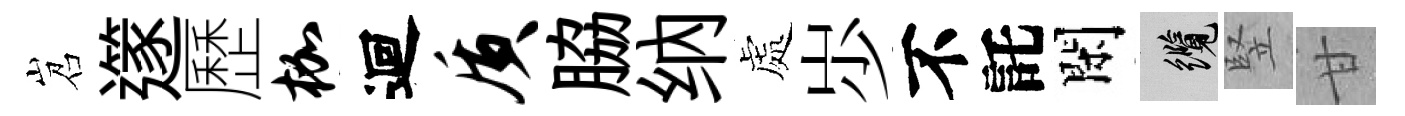
岧𨗹歷枷迴质脇纳處𡵯不託閑纜竪甘